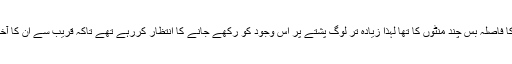
گاڑی سے اس پشتے کا فاصلہ بس چند منٹوں کا تھا لہٰذا زیادہ تر لوگ پشتے پر اس وجود کو رکھے جانے کا انتظار کررہے تھے تاکہ قریب سے ان کا آخری دیدار کیا جاسکے۔